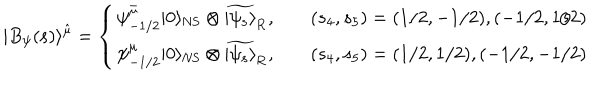
LaTeX: | B _ { \psi } ( { \bf s } ) \rangle ^ { \hat { \mu } } = \left\{ \begin{array} { l l } { { \psi _ { - 1 / 2 } ^ { \bar { \mu } } | 0 \rangle _ { \mathrm { N S } } \otimes \widetilde { | \psi _ { \bf s } \rangle } _ { \mathrm { R } } , } } & { { \quad ( s _ { 4 } , s _ { 5 } ) = ( 1 / 2 , - 1 / 2 ) , ( - 1 / 2 , 1 / 2 ) } } \\ { { \psi _ { - 1 / 2 } ^ { \mu } | 0 \rangle _ { \mathrm { N S } } \otimes \widetilde { | \psi _ { \bf s } \rangle } _ { \mathrm { R } } , } } & { { \quad ( s _ { 4 } , s _ { 5 } ) = ( 1 / 2 , 1 / 2 ) , ( - 1 / 2 , - 1 / 2 ) } } \\ \end{array} \right.